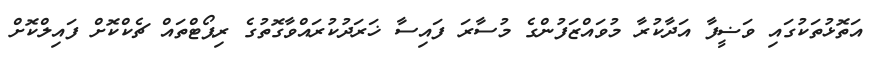
އަތޮޅުތަކުގައި ވަޟީފާ އަދާކުރާ މުވައްޒަފުންގެ މުސާރަ ފައިސާ ޚަރަދުކުރައްވާގޮތުގެ ރިޕޯޓްތައް ޗެކްކޮށް ފައިލްކޮށް